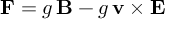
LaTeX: \mathbf { F } = g \, \mathbf { B } - g \, \mathbf { v } \times \mathbf { E }